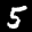
Label: 5